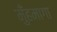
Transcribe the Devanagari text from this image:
मुँहमागा